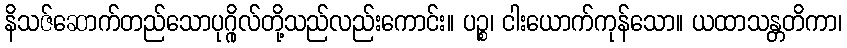
နိသဇ်ဆောက်တည်သောပုဂ္ဂိုလ်တို့သည်လည်းကောင်း။ ပဉ္စ၊ ငါးယောက်ကုန်သော။ ယထာသန္တတိကာ၊